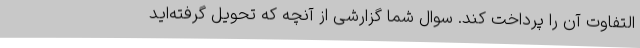
التفاوت آن را پرداخت کند. سوال شما گزارشی از آنچه که تحویل گرفته‌اید